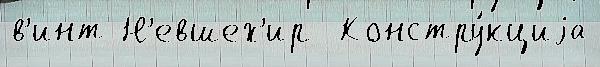
в'инт Н'евшех'ир  Констру́кциjа